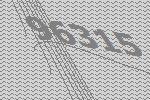
96315